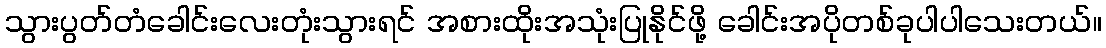
သွားပွတ်တံခေါင်းလေးတုံးသွားရင် အစားထိုးအသုံးပြုနိုင်ဖို့ ခေါင်းအပိုတစ်ခုပါပါသေးတယ်။